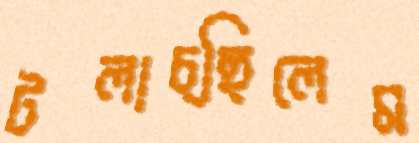
টলাচ্ছিলেম